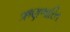
ઋણભારિત